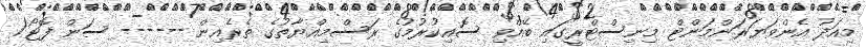
މިއަދު އެންވަޔަރަންމަންޓް މިނިސްޓްރީގައި ބޭއްވި ސޮއިކުރުމުގެ ރަސްމިއްޔާތުގެ ތެރެއިން ------ ސަން ފޮޓޯ/